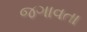
જગાવતા